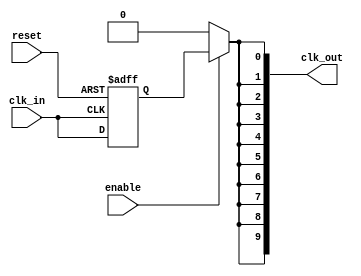
module HighFanoutClockBuffer #(
    parameter N = 10  // Number of output ports
)(
    input wire clk_in,       // Input clock signal
    input wire enable,       // Enable signal for clock distribution
    input wire reset,        // Reset signal
    output wire [N-1:0] clk_out // Output clock signals
);

    // Internal signal for the buffered clock
    wire buffered_clk;

    // Buffering the input clock signal
    // Using a simple D flip-flop to demonstrate clock buffering
    // In practice, this would be replaced with a more sophisticated buffer
    reg clk_reg;

    always @(posedge clk_in or posedge reset) begin
        if (reset) begin
            clk_reg <= 1'b0; // Reset the clock register
        end else begin
            clk_reg <= clk_in; // Capture the input clock
        end
    end

    assign buffered_clk = clk_reg;

    // Generate multiple output clocks
    genvar i;
    generate
        for (i = 0; i < N; i = i + 1) begin : clock_distribution
            assign clk_out[i] = enable ? buffered_clk : 1'b0; // Output clock with enable control
        end
    endgenerate

endmodule